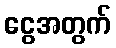
ငွေအတွက်